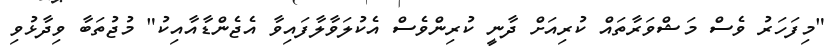
"މިފަހަރު ވެސް މަޝްވަރާތައް ކުރިއަށް ދާނީ ކުރިންވެސް އެކުލަވާލާފައިވާ އެޖެންޑާއާއިކު" މުޖުތަބާ ވިދާޅުވި